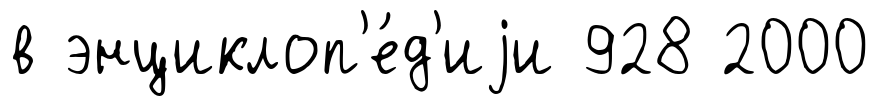
в энциклоп'е́д'иjи 928 2000